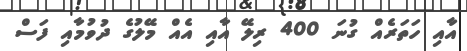
އާއި ހަތަރެއް ގުނަ 400 ރިލޭ އާއި އެއް މޭލުގެ ދުވުމާއި ފަސް